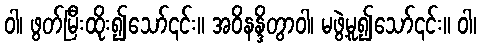
ဝါ၊ ဖွတ်မြီးထိုး၍သော်၎င်း။ အဝိနန္ဒိတွာဝါ၊ မဖွဲ့မူ၍သော်၎င်း။ ဝါ၊